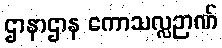
ဌာနာဌာန ကောသလ္လဉာဏ်